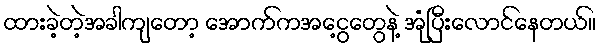
ထားခဲ့တဲ့အခါကျတော့ အောက်ကအငွေ့တွေနဲ့ အုံပြီးလောင်နေတယ်။